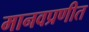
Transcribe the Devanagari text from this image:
मानवप्रणीत